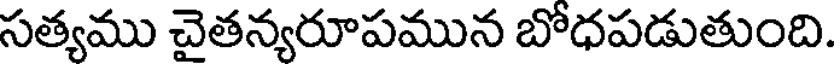
సత్యము చైతన్యరూపమున బోధపడుతుంది.